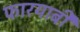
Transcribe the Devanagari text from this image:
फारयाबी